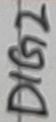
Text: DIG2